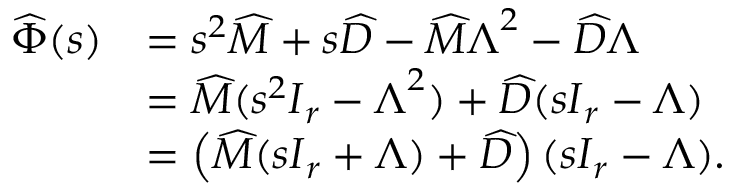
\begin{array} { r l } { \ensuremath { \widehat { \boldsymbol { \Phi } } } ( s ) } & { = s ^ { 2 } \ensuremath { \skew 4 \widehat { \boldsymbol { M } } } + s \ensuremath { \skew 4 \widehat { \boldsymbol { D } } } - \ensuremath { \skew 4 \widehat { \boldsymbol { M } } } \ensuremath { \boldsymbol { \Lambda } } ^ { 2 } - \ensuremath { \skew 4 \widehat { \boldsymbol { D } } } \ensuremath { \boldsymbol { \Lambda } } } \\ & { = \ensuremath { \skew 4 \widehat { \boldsymbol { M } } } ( s ^ { 2 } \ensuremath { \boldsymbol { I } } _ { r } - \ensuremath { \boldsymbol { \Lambda } } ^ { 2 } ) + \ensuremath { \skew 4 \widehat { \boldsymbol { D } } } ( s \ensuremath { \boldsymbol { I } } _ { r } - \ensuremath { \boldsymbol { \Lambda } } ) } \\ & { = \left( \ensuremath { \skew 4 \widehat { \boldsymbol { M } } } ( s \ensuremath { \boldsymbol { I } } _ { r } + \ensuremath { \boldsymbol { \Lambda } } ) + \ensuremath { \skew 4 \widehat { \boldsymbol { D } } } \right) ( s \ensuremath { \boldsymbol { I } } _ { r } - \ensuremath { \boldsymbol { \Lambda } } ) . } \end{array}